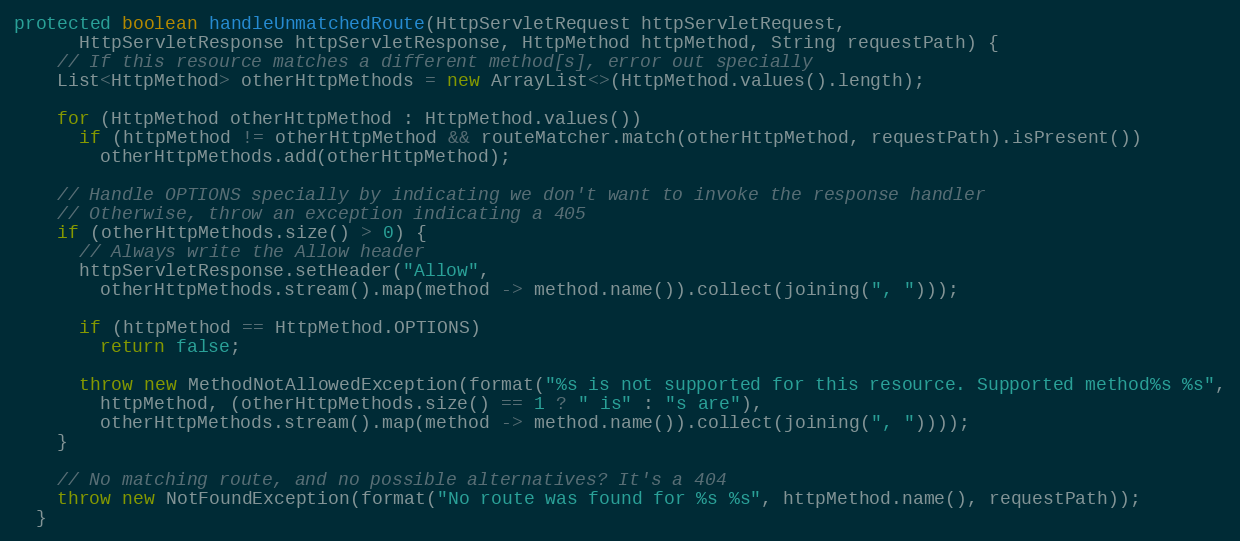
Language: Java
protected boolean handleUnmatchedRoute(HttpServletRequest httpServletRequest,
      HttpServletResponse httpServletResponse, HttpMethod httpMethod, String requestPath) {
    // If this resource matches a different method[s], error out specially
    List<HttpMethod> otherHttpMethods = new ArrayList<>(HttpMethod.values().length);

    for (HttpMethod otherHttpMethod : HttpMethod.values())
      if (httpMethod != otherHttpMethod && routeMatcher.match(otherHttpMethod, requestPath).isPresent())
        otherHttpMethods.add(otherHttpMethod);

    // Handle OPTIONS specially by indicating we don't want to invoke the response handler
    // Otherwise, throw an exception indicating a 405
    if (otherHttpMethods.size() > 0) {
      // Always write the Allow header
      httpServletResponse.setHeader("Allow",
        otherHttpMethods.stream().map(method -> method.name()).collect(joining(", ")));

      if (httpMethod == HttpMethod.OPTIONS)
        return false;

      throw new MethodNotAllowedException(format("%s is not supported for this resource. Supported method%s %s",
        httpMethod, (otherHttpMethods.size() == 1 ? " is" : "s are"),
        otherHttpMethods.stream().map(method -> method.name()).collect(joining(", "))));
    }

    // No matching route, and no possible alternatives? It's a 404
    throw new NotFoundException(format("No route was found for %s %s", httpMethod.name(), requestPath));
  }